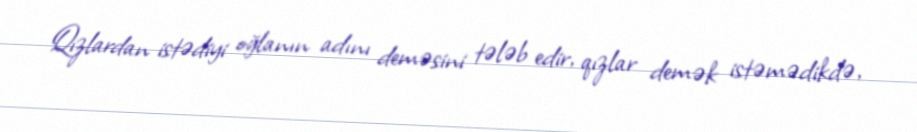
Qızlardan istədiyi oğlanın adını deməsini tələb edir, qızlar demək istəmədikdə,